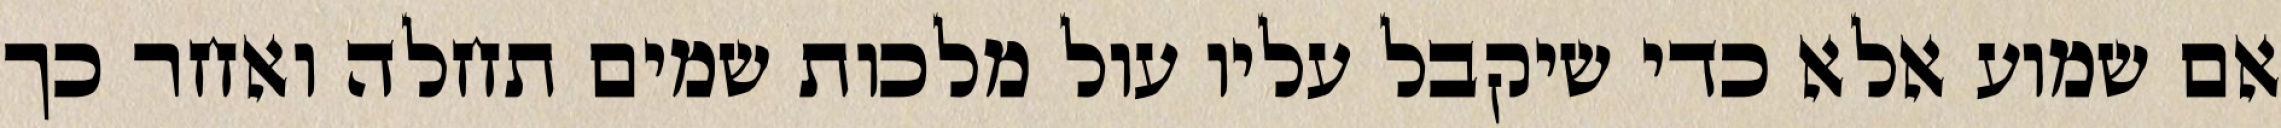
אם שמוע אלא כדי שיקבל עליו עול מלכות שמים תחלה ואחר כך